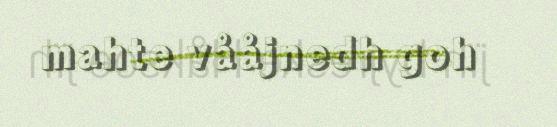
mahte vååjnedh goh